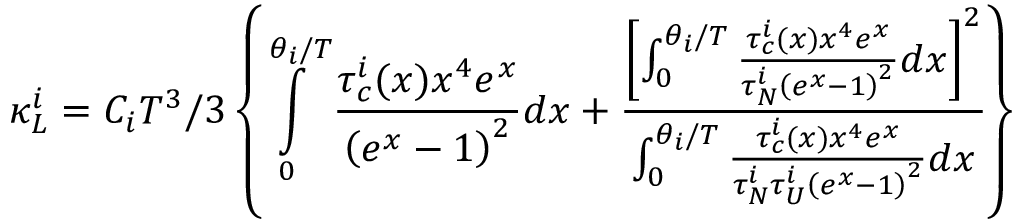
\kappa _ { L } ^ { i } = C _ { i } T ^ { 3 } / 3 \left\{ \intop _ { 0 } ^ { \theta _ { i } / T } \frac { \tau _ { c } ^ { i } ( x ) x ^ { 4 } e ^ { x } } { \left( e ^ { x } - 1 \right) ^ { 2 } } d x + \frac { \left[ \intop _ { 0 } ^ { \theta _ { i } / T } \frac { \tau _ { c } ^ { i } ( x ) x ^ { 4 } e ^ { x } } { \tau _ { N } ^ { i } \left( e ^ { x } - 1 \right) ^ { 2 } } d x \right] ^ { 2 } } { \intop _ { 0 } ^ { \theta _ { i } / T } \frac { \tau _ { c } ^ { i } ( x ) x ^ { 4 } e ^ { x } } { \tau _ { N } ^ { i } \tau _ { U } ^ { i } \left( e ^ { x } - 1 \right) ^ { 2 } } d x } \right\}